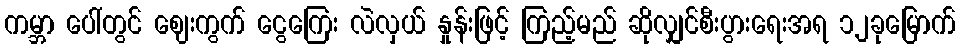
ကမ္ဘာ ပေါ်တွင် ဈေးကွက် ငွေကြေး လဲလှယ် နှုန်းဖြင့် ကြည့်မည် ဆိုလျှင်စီးပွားရေးအရ ၁၂ခုမြောက်